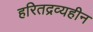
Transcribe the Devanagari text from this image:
हरितद्रव्यहीन